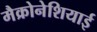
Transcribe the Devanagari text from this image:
मैक्रोनेशियाई